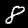
Label: 8